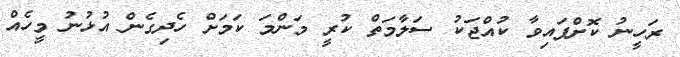
ރަހީނު ކޮށްފައިވާ ކުއްޖަކު ސަލާމަތް ކުރީ މަންމަ ކަމަށް ހެދިގެން އުޅުނު މީހެއް